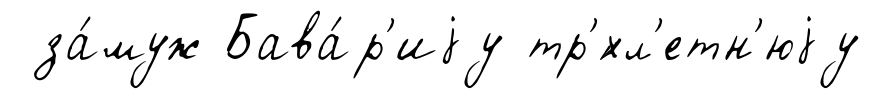
за́муж Бава́р'иjу тр'́хл'етн'юjу